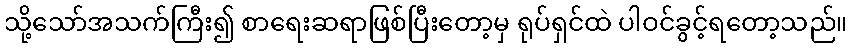
သို့သော်အသက်ကြီး၍ စာရေးဆရာဖြစ်ပြီးတော့မှ ရုပ်ရှင်ထဲ ပါဝင်ခွင့်ရတော့သည်။